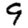
Digit: 9